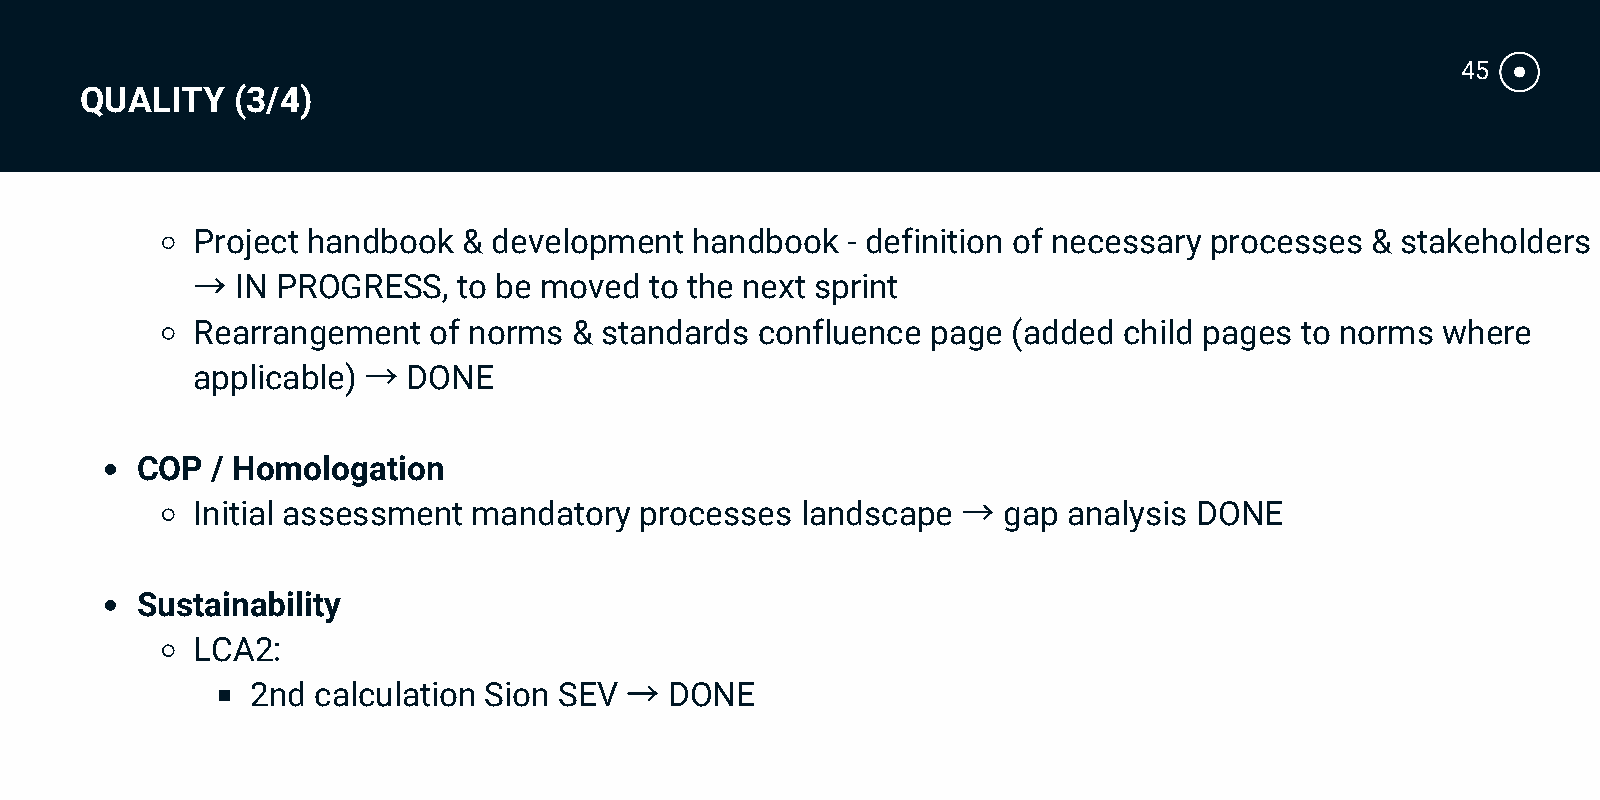
45
 QUALITY   (3/4)
 Project handbook  & development  handbook  - definition of necessary processes & stakeholders
 →
 IN PROGRESS,  to be moved  to the next sprint
 Rearrangement  of norms  & standards confluence  page (added child pages to norms where
 →
 applicable)   DONE
 COP  / Homologation
 →
 Initial assessment mandatory processes  landscape    gap  analysis DONE
 Sustainability
 LCA2:
 →
 2nd calculation Sion SEV   DONE